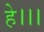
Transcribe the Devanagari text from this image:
हे।।।